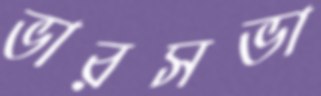
ভারসভা